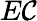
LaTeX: E\mathcal{C}